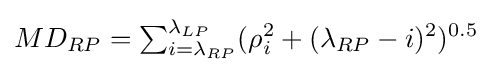
MD_{RP}=\textstyle \sum _{i=\lambda _{RP}}^{\lambda _{LP}}\displaystyle (\rho _{i}^{2}+({\lambda _{RP}}-i)^{2})^{0.5}